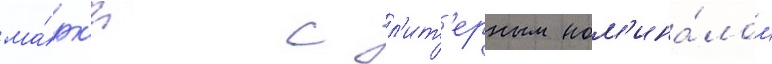
ма́рк'и с л'ит'ерным ном'ина́лом